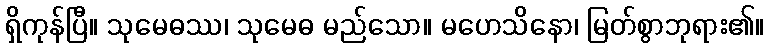
ရှိကုန်ပြီ။ သုမေဓဿ၊ သုမေဓ မည်သော။ မဟေသိနော၊ မြတ်စွာဘုရား၏။